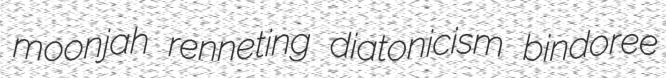
moonjah renneting diatonicism bindoree